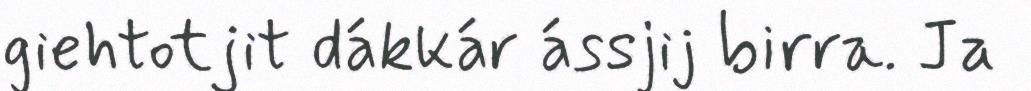
giehtotjit dákkár ássjij birra. Ja